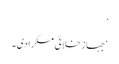
’
‘جہاز خلائی مسکرا دی۔